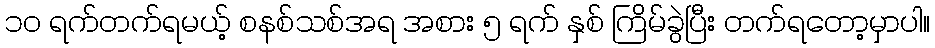
၁၀ ရက်တက်ရမယ့် စနစ်သစ်အရ အစား ၅ ရက် နှစ် ကြိမ်ခွဲပြီး တက်ရတော့မှာပါ။